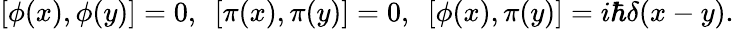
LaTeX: [\phi(x),\phi(y)]=0,\ \ [\pi(x),\pi(y)]=0,\ \ [\phi(x),\pi(y)]=i\hbar\delta(x-y).